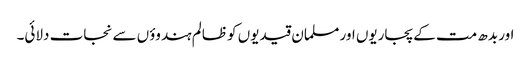
اور بدھ مت کے پجاریوں اور مسلمان قیدیوں کو ظالم ہندوؤں سے نجات دلائی۔